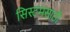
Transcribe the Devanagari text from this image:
सिस्टमसाठी